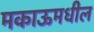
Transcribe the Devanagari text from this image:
मकाऊमधील